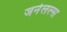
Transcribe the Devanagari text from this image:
जर्नलल्स